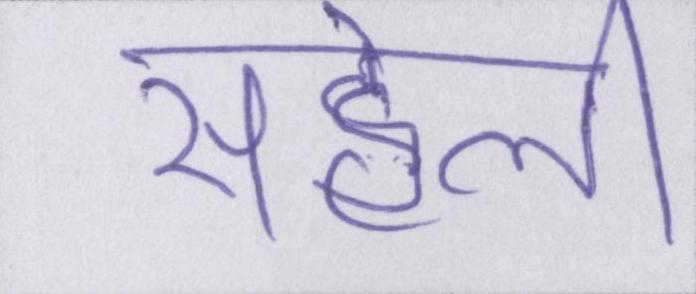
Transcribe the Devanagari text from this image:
सहेली